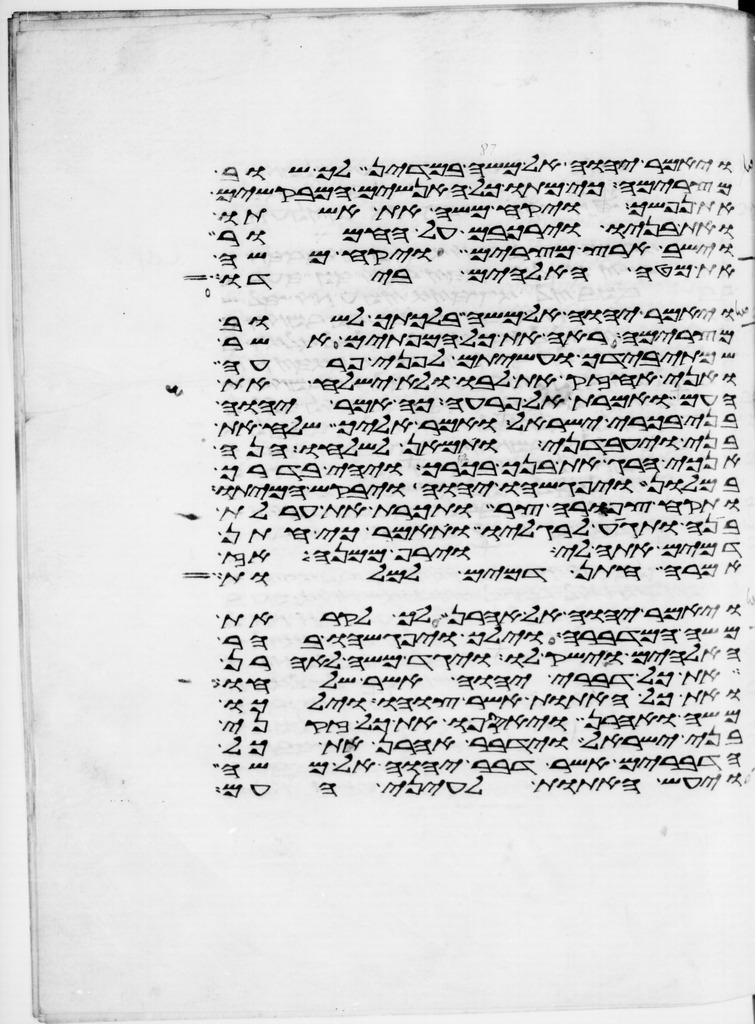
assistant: ויאמר יהוה אל משה במדין לך שוב
מצרימה כי מתו כל האנשים המבקשים
את נפשך ויקח משה את אשתו
ואת בניו וירכבם על החמור
וישב ארץ מצרים ויקח משה
את מטה האלהים בידו
ויאמר יהוה אל משה בלכתך לשוב
מצרימה ראה את כל המופתים אשר
שמתי בידך ועשיתם לפני פרעה
ואני אחזיק את לבו ולא ישלח את
העם ואמרת אל פרעה כה אמר יהוה
בני בכורי ישראל ואמר אליך שלח את
בני ויעבדני ותמאן לשלחו הנה
אנכי הרג את בנך בכורך ויהי בדרך
במלון ויפגשהו יהוה ויבקש המיתו
ותקח צפורה צר ותכרת את ערלת
בנה ותגיע לרגליו ותאמר כי חתן
דמים אתה לי וירף ממנה אז
אמרה חתן דמים למלות
ויאמר יהוה אל אהרן לך לקראת
משה המדברה וילך ויפגשהו בהר
האלהים וישק לו ויגד משה לאהרן
את כל דברי יהוה אשר שלחו
ואת כל האתות אשר צוהו וילכו
משה ואהרן ויאספו את כל זקני
בני ישראל וידבר אהרן את כל
הדברים אשר דבר יהוה אל משה
ויעש האתות לעיני העם